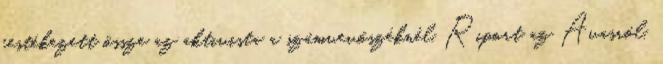
festékezett össze az aktivista a számvevőszéknél. Riport az Avasról,